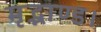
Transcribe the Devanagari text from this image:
मृद्भाण्ड।